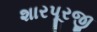
શારપૂરજી